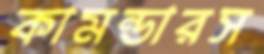
কামন্ডারস